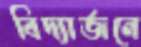
বিদ্যার্জনে